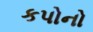
કપોનો